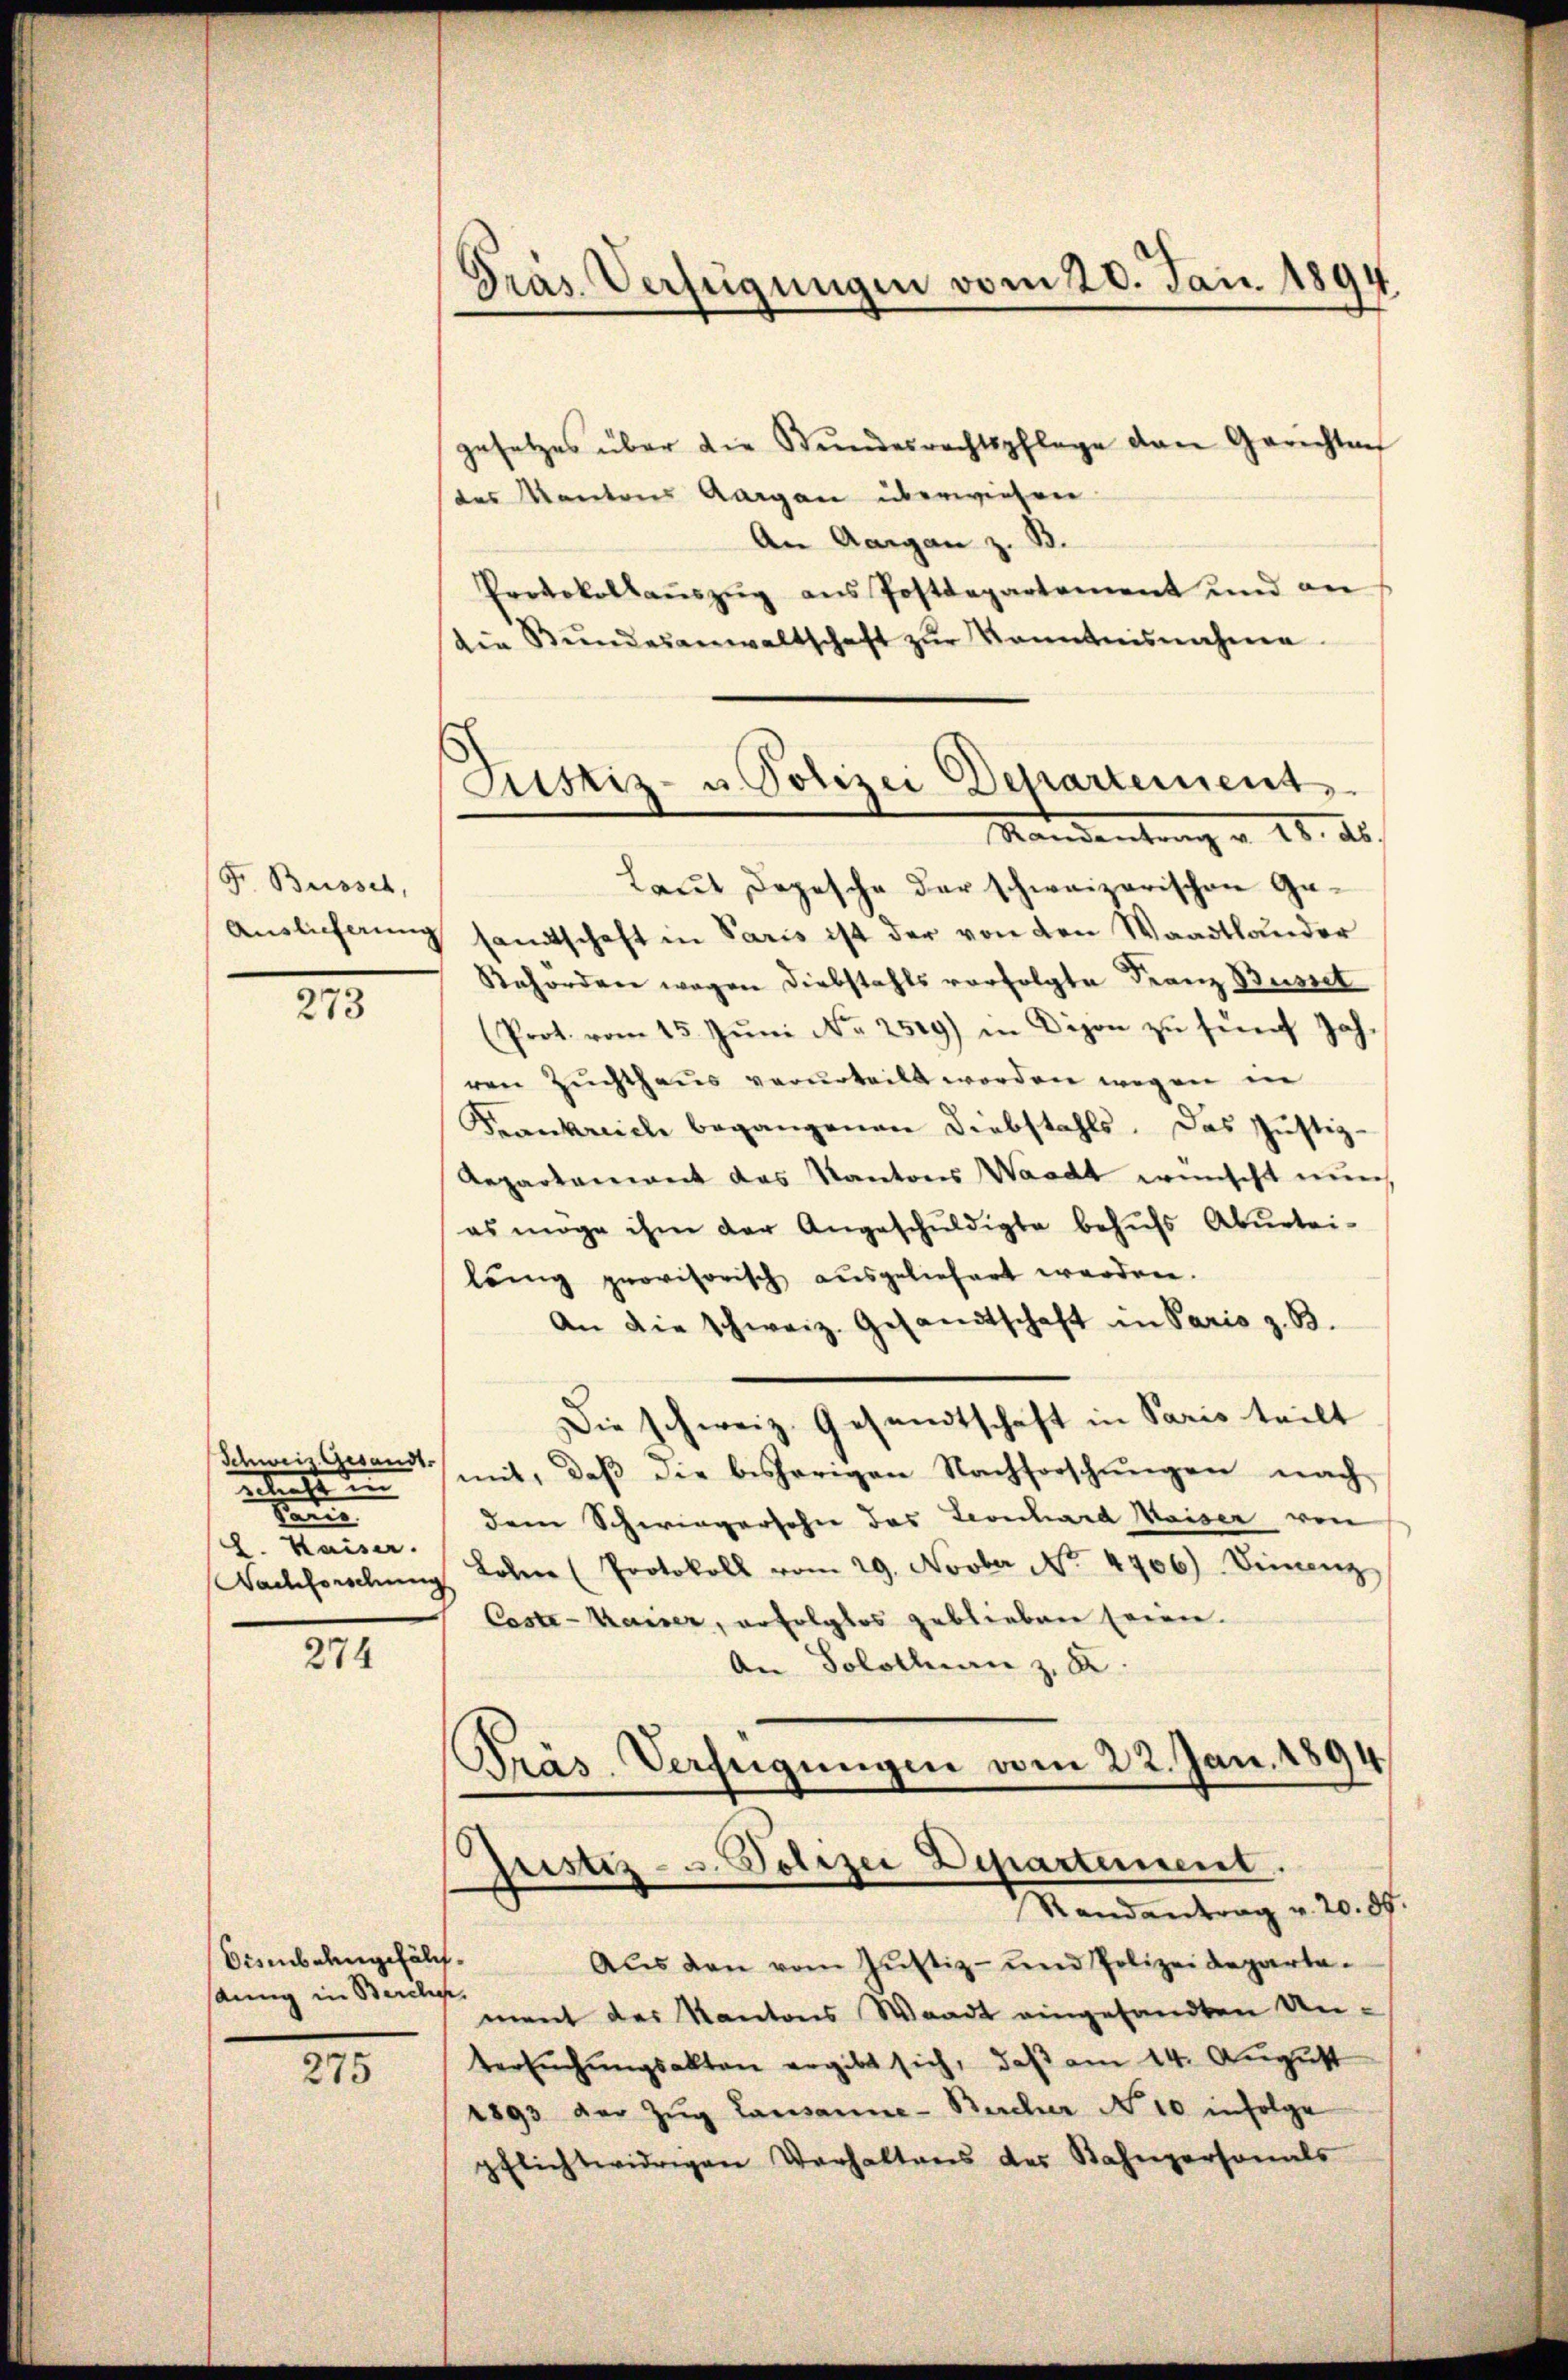
F. Busses,

21

gleicht ein
e
. Kaiser.

274

Eisenbahngefällt.
sänng in Bercher.

275

gesetzes über die Bŭndesrechtspflege den Gerichten
des Kantons Aargau überwiesen.
An Aargau z. B.
Protokollaŭszŭg ans Postdepartement und an
die Bŭndesanwaltschaft zŭr Kenntnisnahme

Präs. Verfügungen vom 20. Jan. 1894

Justiz- u. Polizei Departement
Mandantrag v. 18. ab.

Laut Depesche der schweizerischen Ge¬
Auslicherung sandtschaft in Paris ist der von den Waadtländer
Reforden wegen Diebstahls verfolgte Franz Busset
(Prot. vom 15. Jŭni No 2519) in Dipon zŭ fünf Jah-
ren Zuchthaus verurteilt worden wegen in
Krankreich begangenen Diebstahls. Das Justiz-
Repartement das Kantons Waadt wünscht nun
es möge ihm der Angeschŭldigte behŭfs Aburtei-
lung provisorisch ausgeliefert worden.
An die schweiz. Gesandtschaft in Paris z. B.
Die schweiz. Gesandtschaft in Paris teilt
Schweiz. Gesandt mit, daβ die bisherigen Nachforschŭngen nach
dem Schwiegersohn das Leonhard Waiser von
Nachforschŭng Lohn (Protokoll vom 29. Novber No. 4906) Finanz
Caste-Kaiser, erfolglos geblieben seien.
An Solothurn z. B.
Präs. Verfügungen vom 22. Jan. 1894
Justiz- u. Polizei Departement.

Randantrag v. 20. 85.

Aus den vom Justiz- und Polizeidepartament der Kantons Waadt eingesandten Un-
tersuchungsakten ergibt sich, daß am 14. August
1893 der Zŭg Lausanne-Bucher No 10 infolge
pflichtwidrigen Verhaltens des Bahnpersonals